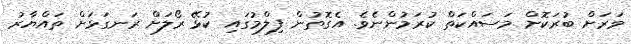
ވަރަށް ބުރަކޮށް މަސައްކަތް ކުރަމުންނެވެ. އެގޮތުން ފިލްމުގައި ކުޅޭ ރޯލަށް ރަނގަޅަށް ތައްޔާރު